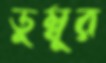
ডুম্বুর